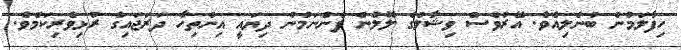
ހިފާލަމުން ބުނެލިއެވެ. އޭރުވެސް ވިޝާލްގެ ލޮލުން ފެންނަމުން ދިޔައީ އިންތިހާ ދަރަޖައިގެ ރުޅިވެރިކަމެވެ.